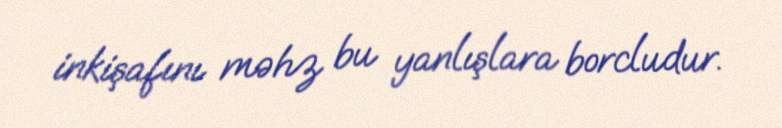
inkişafını məhz bu yanlışlara borcludur.